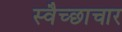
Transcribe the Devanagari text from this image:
स्‍वैच्‍छाचार